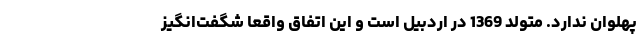
پهلوان ندارد. متولد 1369 در اردبیل است و این اتفاق واقعا شگفت‌انگیز